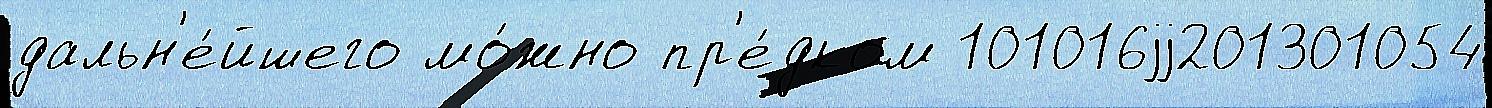
дальн'е́йшего мо́жно пр'е́дком 101016jj201301054